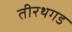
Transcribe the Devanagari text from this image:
तीरथगड